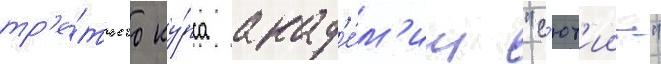
тр'е́тьего ку́рса акад'е́м'ии "с'ют'иин"